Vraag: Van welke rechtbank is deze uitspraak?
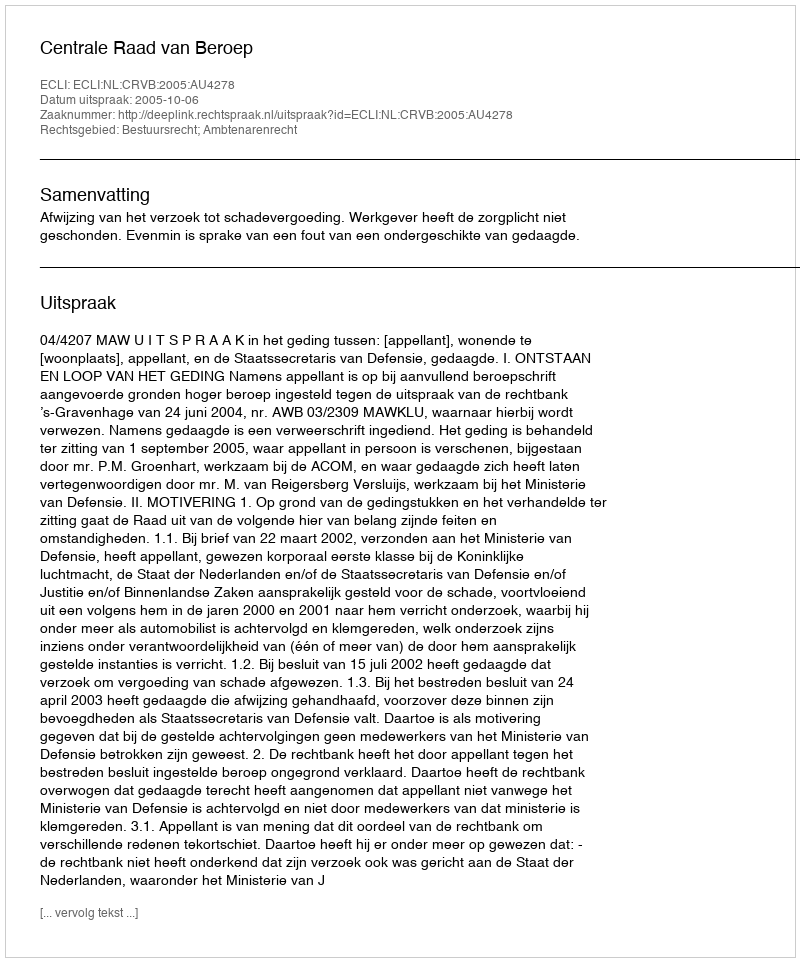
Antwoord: Centrale Raad van Beroep